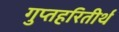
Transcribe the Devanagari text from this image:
गुप्तहरितीर्थ